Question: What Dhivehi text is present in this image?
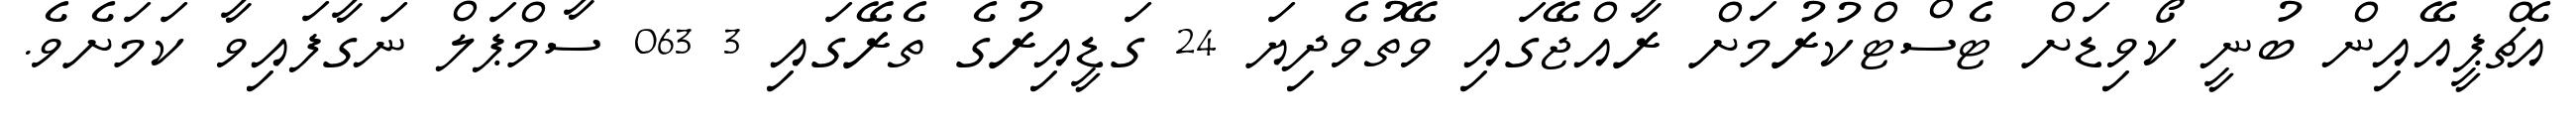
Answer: އެޗްޕީއޭއިން ބުނީ ކޯވިޑަށް ޓެސްޓްކުރުމަށް ރާއްޖޭގައި ވޭތުވެދިޔަ 24 ގަޑީއިރުގެ ތެރޭގައި 3 063 ސާމްޕަލް ނަގާފައިވާ ކަމަށެވެ.